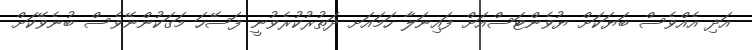
އަދި އެއްވެސް ބަޔަކަށް ޔުވެންޓަސްއަށް ފައިނަލާ ހަމައަށ ދަތުރުކުރެވުނީ ފަސޭހަ މަގަކުންނޭވެސް ބުނެވޭކަށް